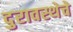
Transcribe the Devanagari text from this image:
दुरावस्थेचे